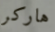
هاركر